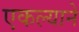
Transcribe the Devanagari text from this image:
एकल्याने